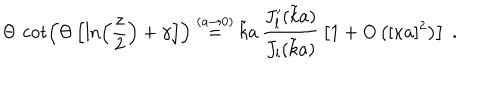
\Theta \, \cot \left( \Theta \left[ \ln \left( \frac { z } { 2 } \right) + \gamma \right] \right) \stackrel { ( a \rightarrow 0 ) } { = } \tilde { k } a \, \frac { J _ { l } ^ { \prime } ( \tilde { k } a ) } { J _ { l } ( \tilde { k } a ) } \, \left[ 1 + O \left( [ \kappa a ] ^ { 2 } \right) \right] \; .